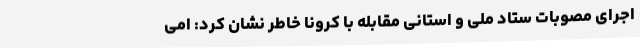
اجرای مصوبات ستاد ملی و استانی مقابله با کرونا خاطر نشان کرد: امی